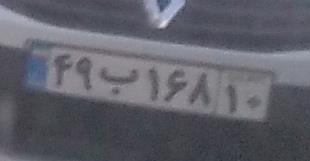
۴۹ب۱۶۸۱۰